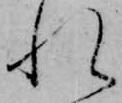
れ